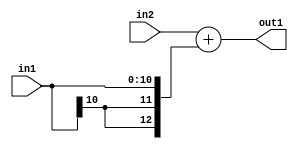
`timescale 1ps / 1ps
/*****************************************************************************
    Verilog RTL Description
    
    
    Created by: Stratus DpOpt 2019.1.01 
*******************************************************************************/

module SobelFilter_Add_13Sx11S_13S_1 (
	in2,
	in1,
	out1
	); /* architecture "behavioural" */ 
input [12:0] in2;
input [10:0] in1;
output [12:0] out1;
wire [12:0] asc001;

assign asc001 = 
	+(in2)
	+({{2{in1[10]}}, in1});

assign out1 = asc001;
endmodule

/* CADENCE  ubP1TQA= : u9/ySgnWtBlWxVPRXgAZ4Og= ** DO NOT EDIT THIS LINE ******/